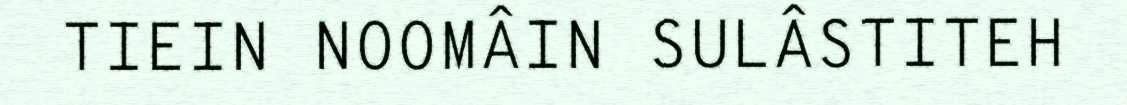
TIEIN NOOMÂIN SULÂSTITEH